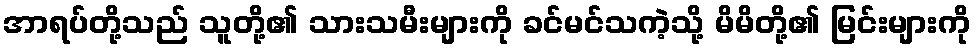
အာရပ်တို့သည် သူတို့၏ သားသမီးများကို ခင်မင်သကဲ့သို့ မိမိတို့၏ မြင်းများကို